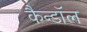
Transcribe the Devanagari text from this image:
कैन्डॉल